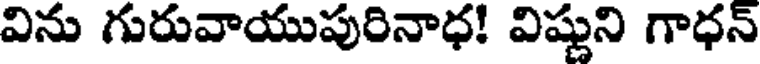
విను గురువాయుపురినాధ! విష్ణుని గాధన్